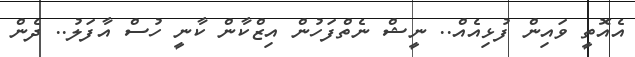
އެއޮތީ ވައިން ފުޅިއެއް.. ނީޝް ނެތްފަހުން އިޒްކާން ކާނީ ހުސް އާފަލު.. ދެން